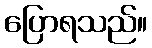
ပြောရသည်။